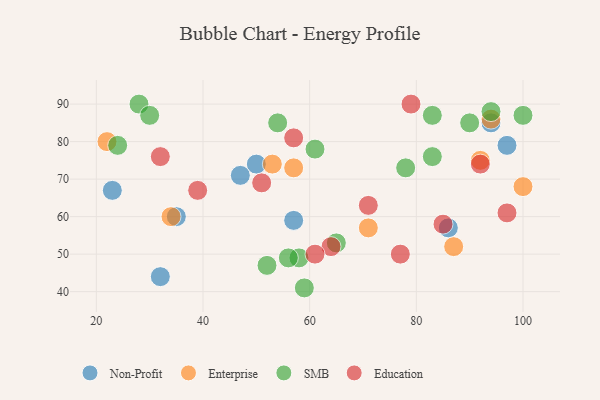
{"axis": {"x": "GDP", "y": "Life Expectancy"}, "legend": ["Education", "Enterprise", "Non-Profit", "SMB"], "data": [{"x": "94", "y": 85, "type": "Non-Profit"}, {"x": "97", "y": 79, "type": "Non-Profit"}, {"x": "50", "y": 74, "type": "Non-Profit"}, {"x": "35", "y": 60, "type": "Non-Profit"}, {"x": "23", "y": 67, "type": "Non-Profit"}, {"x": "86", "y": 57, "type": "Non-Profit"}, {"x": "57", "y": 59, "type": "Non-Profit"}, {"x": "32", "y": 44, "type": "Non-Profit"}, {"x": "47", "y": 71, "type": "Non-Profit"}, {"x": "71", "y": 57, "type": "Enterprise"}, {"x": "100", "y": 68, "type": "Enterprise"}, {"x": "34", "y": 60, "type": "Enterprise"}, {"x": "87", "y": 52, "type": "Enterprise"}, {"x": "53", "y": 74, "type": "Enterprise"}, {"x": "92", "y": 75, "type": "Enterprise"}, {"x": "57", "y": 73, "type": "Enterprise"}, {"x": "94", "y": 86, "type": "Enterprise"}, {"x": "22", "y": 80, "type": "Enterprise"}, {"x": "83", "y": 76, "type": "SMB"}, {"x": "54", "y": 85, "type": "SMB"}, {"x": "83", "y": 87, "type": "SMB"}, {"x": "58", "y": 49, "type": "SMB"}, {"x": "65", "y": 53, "type": "SMB"}, {"x": "61", "y": 78, "type": "SMB"}, {"x": "24", "y": 79, "type": "SMB"}, {"x": "28", "y": 90, "type": "SMB"}, {"x": "78", "y": 73, "type": "SMB"}, {"x": "90", "y": 85, "type": "SMB"}, {"x": "52", "y": 47, "type": "SMB"}, {"x": "56", "y": 49, "type": "SMB"}, {"x": "30", "y": 87, "type": "SMB"}, {"x": "59", "y": 41, "type": "SMB"}, {"x": "94", "y": 88, "type": "SMB"}, {"x": "100", "y": 87, "type": "SMB"}, {"x": "79", "y": 90, "type": "Education"}, {"x": "51", "y": 69, "type": "Education"}, {"x": "64", "y": 52, "type": "Education"}, {"x": "57", "y": 81, "type": "Education"}, {"x": "61", "y": 50, "type": "Education"}, {"x": "85", "y": 58, "type": "Education"}, {"x": "32", "y": 76, "type": "Education"}, {"x": "77", "y": 50, "type": "Education"}, {"x": "71", "y": 63, "type": "Education"}, {"x": "97", "y": 61, "type": "Education"}, {"x": "92", "y": 74, "type": "Education"}, {"x": "39", "y": 67, "type": "Education"}]}